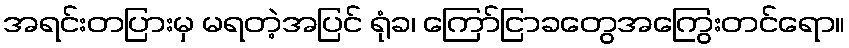
အရင်းတပြားမှ မရတဲ့အပြင် ရုံခ၊ ကြော်ငြာခတွေအကြွေးတင်ရော။